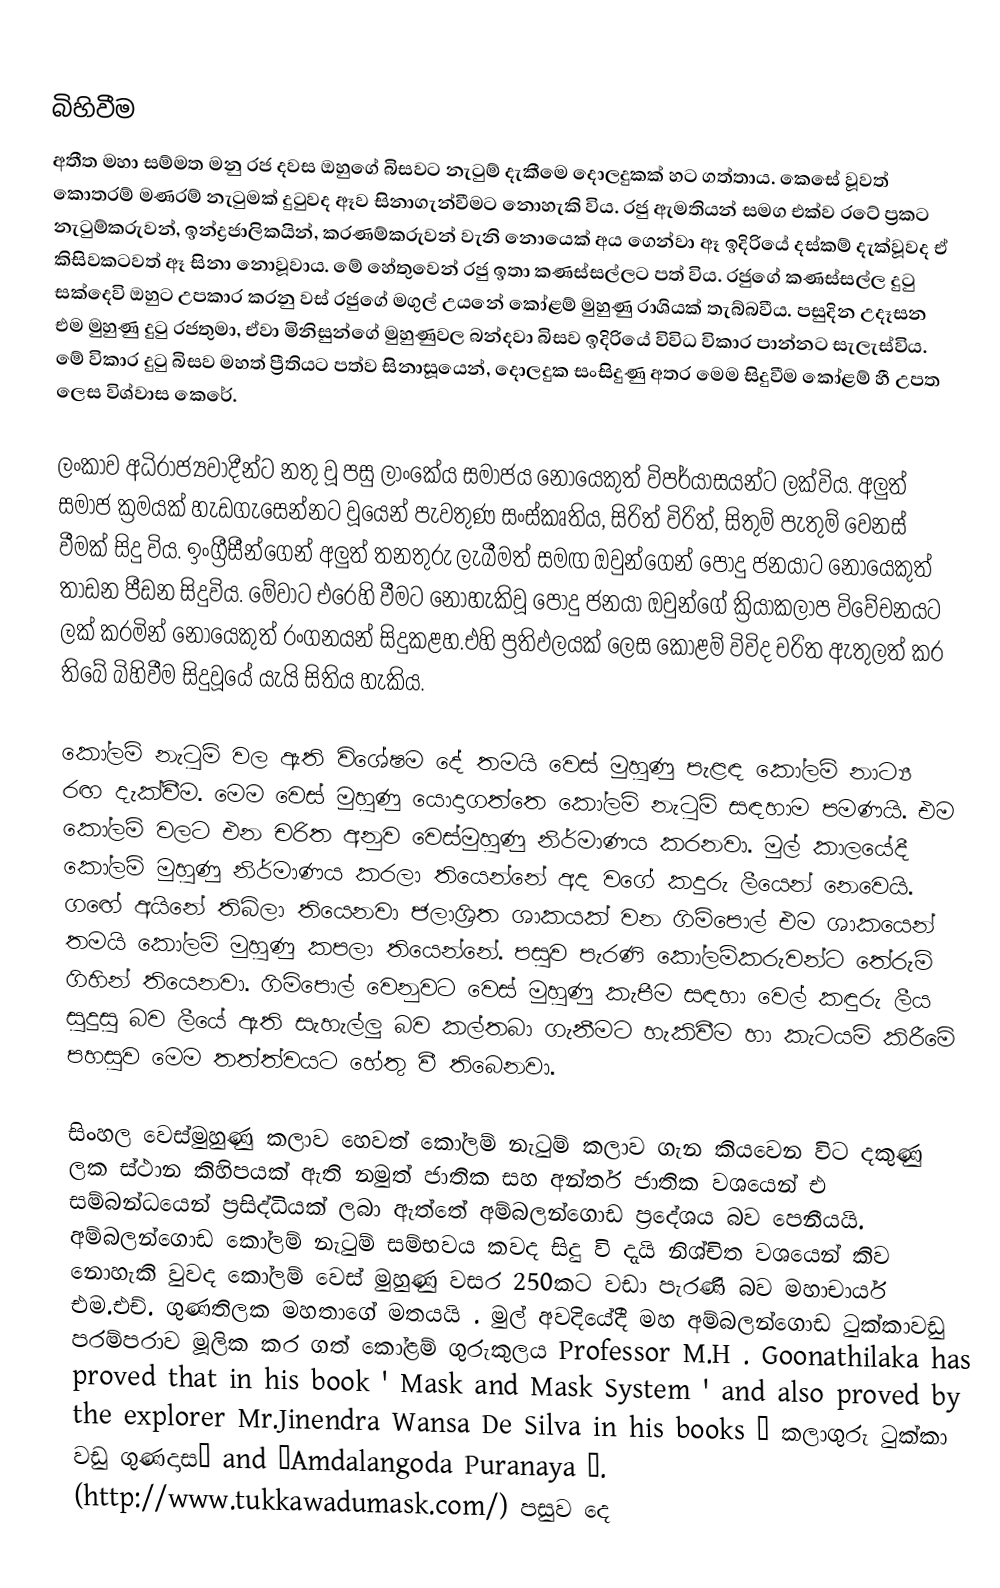

බිහිවීම
අතීත මහා සම්මත මනු රජ දවස ඔහුගේ බිසවට නැටුම් දැකීමෙ දොලදුකක් හට ගත්තාය. කෙසේ වූවත් කොතරම් මණරම් නැටුමක් දුටුවද ඈව සිනාගැන්වීමට නොහැකි විය. රජු ඇමතියන් සමග එක්ව රටේ ප්‍රකට නැටුම්කරුවන්, ඉන්ද්‍රජාලිකයින්, කරණම්කරුවන් වැනි නොයෙක් අය ගෙන්වා ඈ ඉදිරියේ දස්කම් දැක්වූවද ඒ කිසිවකටවත් ඈ සිනා නොවූවාය. මේ හේතුවෙන් රජු ඉතා කණස්සල්ලට පත් විය. රජුගේ කණස්සල්ල දුටු සක්දෙවි ඔහුට උපකාර කරනු වස් රජුගේ මගුල් උයනේ කෝළම් මුහුණු රාශියක් තැබ්බවීය. පසුදින උදෑසන එම මුහුණු දුටු රජතුමා, ඒවා මිනිසුන්ගේ මුහුණුවල බන්දවා බිසව ඉදිරියේ විවිධ විකාර පාන්නට සැලැස්විය. මේ විකාර දුටු බිසව මහත් ප්‍රීතියට පත්ව සිනාසූයෙන්, දොලදුක සංසිදුණු අතර මෙම සිදුවීම කෝළම් හී උපත ලෙස විශ්වාස කෙරේ.

ලංකාව අධිරාජ්‍යවාදීන්ට නතු වූ පසු ලාංකේය සමාජය නොයෙකුත් විපර්යාසයන්ට ලක්‌විය. අලුත් සමාජ ක්‍රමයක්‌ හැඩගැසෙන්නට වූයෙන් පැවතුණ සංස්‌කෘතිය, සිරිත් විරිත්, සිතුම් පැතුම් වෙනස්‌ වීමක්‌ සිදු විය. ඉංග්‍රීසීන්ගෙන් අලුත් තනතුරු ලැබීමත් සමඟ ඔවුන්ගෙන් පොදු ජනයාට නොයෙකුත් තාඩන පීඩන සිදුවිය. මේවාට එරෙහි වීමට නොහැකිවූ පොදු ජනයා ඔවුන්ගේ ක්‍රියාකලාප විවේචනයට ලක්‌ කරමින් නොයෙකුත් රංගනයන් සිදුකළහ.එහි ප්‍රතිඵලයක්‌ ලෙස කෝළම් විවිද චරිත ඇතුලත් කර තිබේ බිහිවීම සිදුවූයේ යැයි සිතිය හැකිය.

කෝලම් නැටුම් වල ඇති විශේෂම දේ තමයි වෙස්‌ මුහුණු පැළඳ කෝලම් නාට්‍ය රඟ දැක්‌වීම. මෙම වෙස්‌ මුහුණු යොදාගත්තෙ කෝලම් නැටුම් සඳහාම පමණයි. එම කෝලම් වලට එන චරිත අනුව වෙස්‌මුහුණු නිර්මාණය කරනවා. මුල් කාලයේදී කෝලම් මුහුණු නිර්මාණය කරලා තියෙන්නේ අද වගේ කදුරු ලීයෙන් නෙවෙයි.  ගඟේ අයිනේ තිබිලා තියෙනවා ජලාශ්‍රිත ශාකයක්‌ වන ගිම්පොල් එම ශාකයෙන් තමයි කෝලම් මුහුණු කපලා තියෙන්නේ. පසුව පැරණි කෝලම්කරුවන්ට තේරුම් ගිහින් තියෙනවා. ගිමිපොල් වෙනුවට වෙස්‌ මුහුණු කැපීම සඳහා වෙල් කඳුරු ලීය සුදුසු බව ලීයේ ඇති සැහැල්ලු බව කල්තබා ගැනීමට හැකිවීම හා කැටයම් කිරීමේ පහසුව මෙම තත්ත්වයට හේතු වී තිබෙනවා.

සිංහල වෙස්මුහුණු කලාව හෙවත් කෝලම් නැටුම් කලාව ගැන කියවෙන විට දකුණු ලක ස්ථාන කිහිපයක් ඇති නමුත් ජාතික සහ අන්තර් ජාතික  වශයෙන් එ සම්බන්ධයෙන් ප්‍රසිද්ධියක් ලබා ඇත්තේ අම්බලන්ගොඩ  ප්‍රදේශය බව පෙනීයයි. අම්බලන්ගොඩ කෝලම් නැටුම් සම්භවය කවද සිදු වි දැයි නිශ්චිත වශයෙන් කිව නොහැකි වුවද කෝලම්  වෙස්‌ මුහුණු වසර  250කට වඩා පැරණි  බව මහාචාර්ය එම.එච්. ගුණතිලක මහතාගේ මතයයි . මුල් අවදියේදී මහ අම්බලන්ගොඩ  ටුක්කාවඩු පරම්පරාව මූලික කර ගත් කෝළම් ගුරුකුලය Professor M.H . Goonathilaka  has proved that in his  book ' Mask and Mask System '  and also  proved by the explorer  Mr.Jinendra Wansa De Silva  in his books ‘ කලාගුරු ටුක්කා වඩු ගුණදාස’ and ‘Amdalangoda Puranaya ‘.  (http://www.tukkawadumask.com/) පසුව දෙ